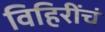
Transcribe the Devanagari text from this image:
विहिरींचं